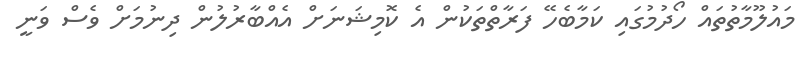
މައުލޫމާތުތައް ހޯދުމުގައި ކަމާބެހޭ ފަރާތްތަކުން އެ ކޮމިޝަނަށް އެއްބާރުލުން ދިނުމަށް ވެސް ވަނީ